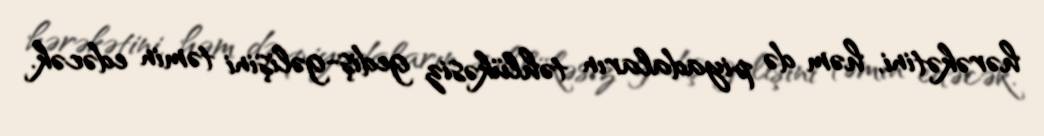
hərəkətini, həm də piyadaların təhlükəsiz gediş-gəlişini təmin edəcək.